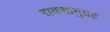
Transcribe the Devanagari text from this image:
रावणानुग्रह